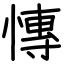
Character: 慱